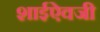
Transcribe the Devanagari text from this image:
शाईऐवजी